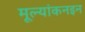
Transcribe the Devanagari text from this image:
मूल्यांकनइन